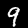
Digit: 9